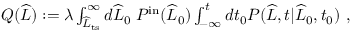
\begin{array} { r } { Q ( \widehat { L } ) : = \lambda \int _ { \widehat { L } _ { \mathrm { t s } } } ^ { \infty } d \widehat { L } _ { 0 } \; P ^ { \mathrm { i n } } ( \widehat { L } _ { 0 } ) \int _ { - \infty } ^ { t } d t _ { 0 } P ( \widehat { L } , t | \widehat { L } _ { 0 } , t _ { 0 } ) \ , } \end{array}